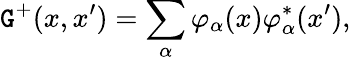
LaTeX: \mathtt{G}^{+}(x,x^{\prime})=\sum_{\alpha}\varphi_{\alpha}(x)\varphi_{\alpha}^{\ast}(x^{\prime}),